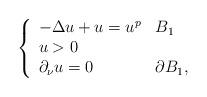
LaTeX: \begin{align*}\left\{\begin{array}{ll}-\Delta u+u=u^p & B_1\\u>0\\\partial_\nu u=0 & \partial B_1,\end{array}\right.\end{align*}